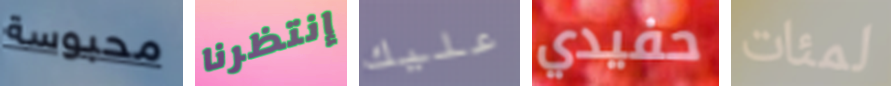
محبوسة إنتظرنا عليك حفيدي لمئات